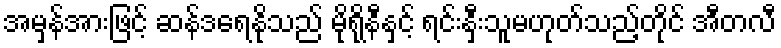
အမှန်အားဖြင့် ဆန်ဒရေနိုသည် မိုရိုနီနှင့် ရင်းနှီးသူမဟုတ်သည့်တိုင် အီတလီ